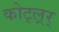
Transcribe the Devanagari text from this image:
कोट्ल्रर्